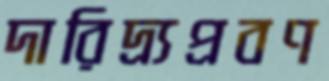
দারিদ্র্যপ্রবণ